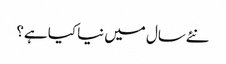
نئےسال میں نیا کیا ہے؟